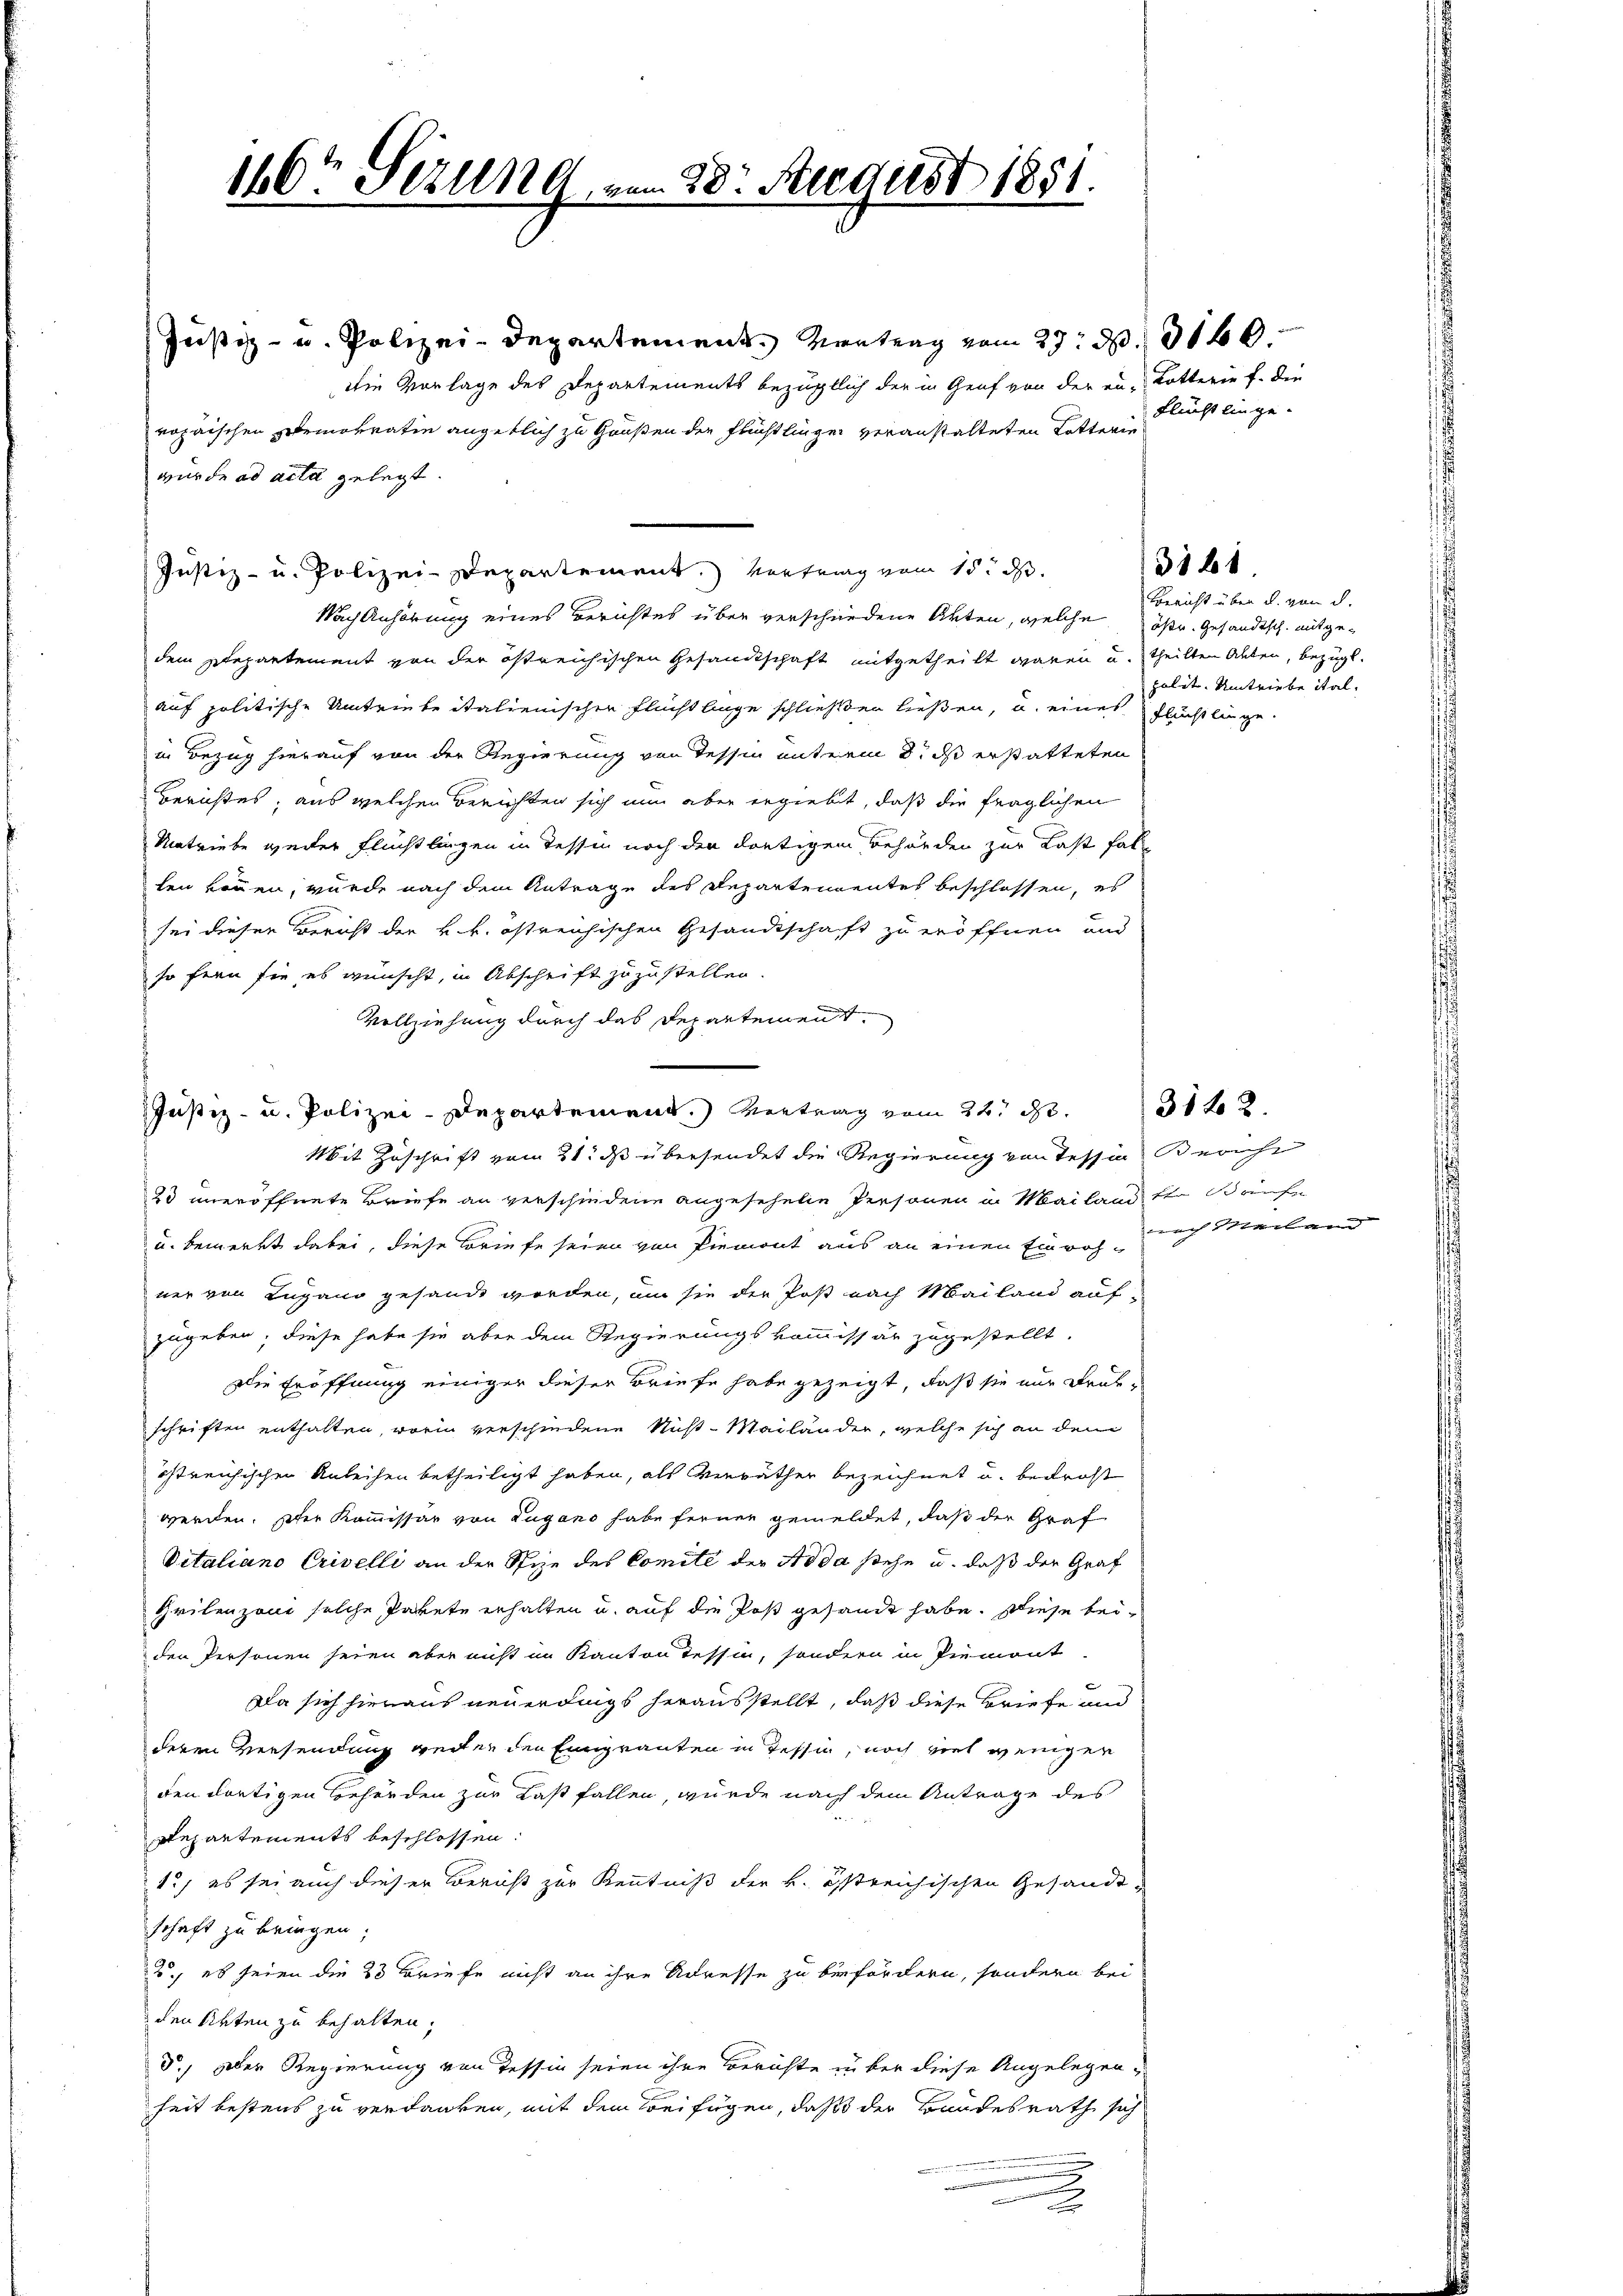
160t Sezung, vom 28. August 1851.

Justiz- u. Polizei-Departement Vertrag vom 27. d. 310.
Die Vorlage des Departements bezüglich der in Genf von der en-Lotterie f. die
ropaischen Demokratin angeblich zu Grüßen der Flüchtlinger veranstalteten Lotterie
wurde ad acta gelegt.
Justiz- u. Polizei-Departement. Vortrag vom 15. d.
Nach Anhörung eines Berichtes über verschiedene Arten, welche östr. Gesandtsch. mitgedem Departement von der östreichischen Gesandtschaft mitgetheilt waren u. theilten Akten, bezügl.
auf politische Umtriebe italienischen Fluchtlinge schließen ließen, u. eines Flüchtlinge.
in Bezug hierauf von der Regierung von Tessin unterm 8. ds erstatteten
Berichtes, aus welchen Berichten sich nun aber ergiebt, daß die fraglichen
Umtriebe weiter Flüchtlingen in Tessin noch der dortigen Behörden zur Last falten können, wurde nach dem Antrage des Departementes beschlossen, es
sei dieser Bericht der k. k. östreichischen Gesandtschaft zu eröffnen und
so fern sie es wünscht, in Abschrift zuzustellen.
Vollziehung durch das Departement.
Justiz- u. Polizei-Departement.) Vertrag vom 24. d.
Mit Zuschrift vom 21. ds übersendet die Regierung von Tessin Bericht
23 uneröffnete Briefe an verschiedene angesehelie Personen in Mailandten Bräuf
u. bemerkt dabei, diese Briefe seien von Piemont aus an einen Einwohner von Lugano gesandt werden, um sie der Post nach Mailand auf
zugeben; diese habe sie aber dem Regierungskommissär zugestellt.
Die Eröffnung einiger dieser Briefe habe gezeigt, daß sie nur drükschriften enthalten, worin verschiedene Nicht-Mailänder, welche sich an den
östreichischen Anleihen betheiligt haben, als Verräther bezeichnet u. bedroht
werden. Der Kommissär von Lugano habe ferner gemeldet, daß der Graf
Vitaliano Crivelli an der Spize des Comité der Aoda stehe u. daß der Graf
Zeilenzoni solche Pakete erhalten u. auf die Post gesandt habe. Diese beiden Personen seien aber nicht im Kanton Tessin, sondern in Piemont
Da sich hieraus neuerdings herausstellt, daß diese Briefe und
deren Versendung weiten den Eingranten in Tessin, noch viel weniger
den dortigen Behörden zur Last fallen, wurde nach dem Antrage des
Departements beschlossen:
12) es sei auch dieser Bericht zur Kenntniß der k. östreichischen Gesande
schaft zu bringen;
3. es seien die 23 Briefe nicht an ihre Adresse zu befördern, sondern bei
den Akten zu behalten,
d.) Der Regierung von Tessin seien ihre Berichte über diese Angelegenheit bestens zu verdanken, mit dem Beifügen, daß der Bundesrath sich
.

Flucht einge.

31 61

Bericht über u. von d.
polit. Umtriebe ital.

nach Seelen |

3142.